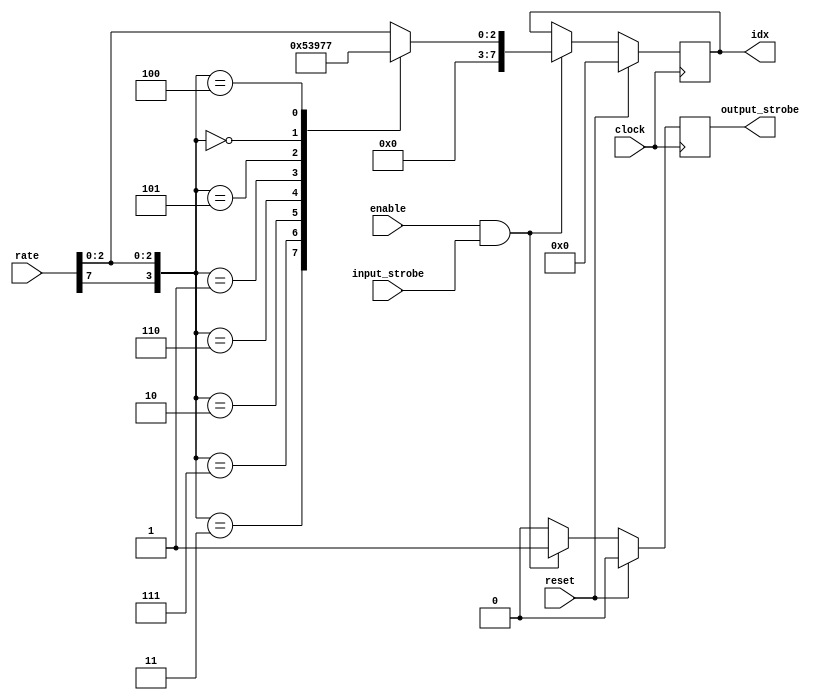
// translate rate to idx
// rate format
// MSB = 0 --> 802.11a rates, rate[3:0] is the rate bits
// MSB = 1 --> 802.11n MCS, rate[6:0] is the MCS
module rate_to_idx
(
    input clock,
    input enable,
    input reset,

    input [7:0] rate,
    input input_strobe,

    output reg [7:0] idx,
    output reg output_strobe
);

always @(posedge clock) begin
    if (reset) begin
        idx <= 0;
        output_strobe <= 0;
    end else if (enable & input_strobe) begin
        case ({rate[7], rate[2:0]})
            4'b0011: begin
                // 6 mbps
                idx <= 0;
            end
            4'b0111: begin
                // 9 mbps
                idx <= 1;
            end
            4'b0010: begin
                // 12 mbps
                idx <= 2;
            end
            4'b0110: begin
                // 18 mbps
                idx <= 3;
            end
            4'b0001: begin
                // 24 mbps
                idx <= 4;
            end
            4'b0101: begin
                // 36 mbps
                idx <= 5;
            end
            4'b0000: begin
                // 48 mbps
                idx <= 6;
            end
            4'b0100: begin
                // 54 mbps
                idx <= 7;
            end
            default: begin
                // mcs
                idx <= {5'b0, rate[2:0]};
            end
        endcase
        output_strobe <= 1;
    end else begin
        output_strobe <= 0;
    end
end

endmodule